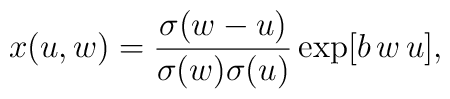
x(u,w) = {\sigma(w-u)   \over{\sigma(w)   \sigma(u)}}   \exp[b\,w\,u],